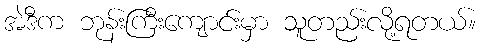
အဲဒီက ဘုန်းကြီးကျောင်းမှာ သူတည်းလို့ရတယ်။